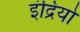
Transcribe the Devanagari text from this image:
इंद्रियो